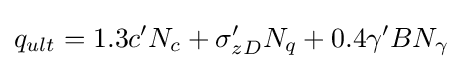
q_{ult}=1.3c'N_{c}+\sigma '_{zD}N_{q}+0.4\gamma 'BN_{\gamma }\